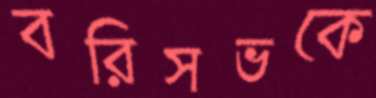
বরিসভকে